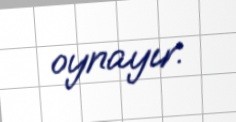
oynayır.